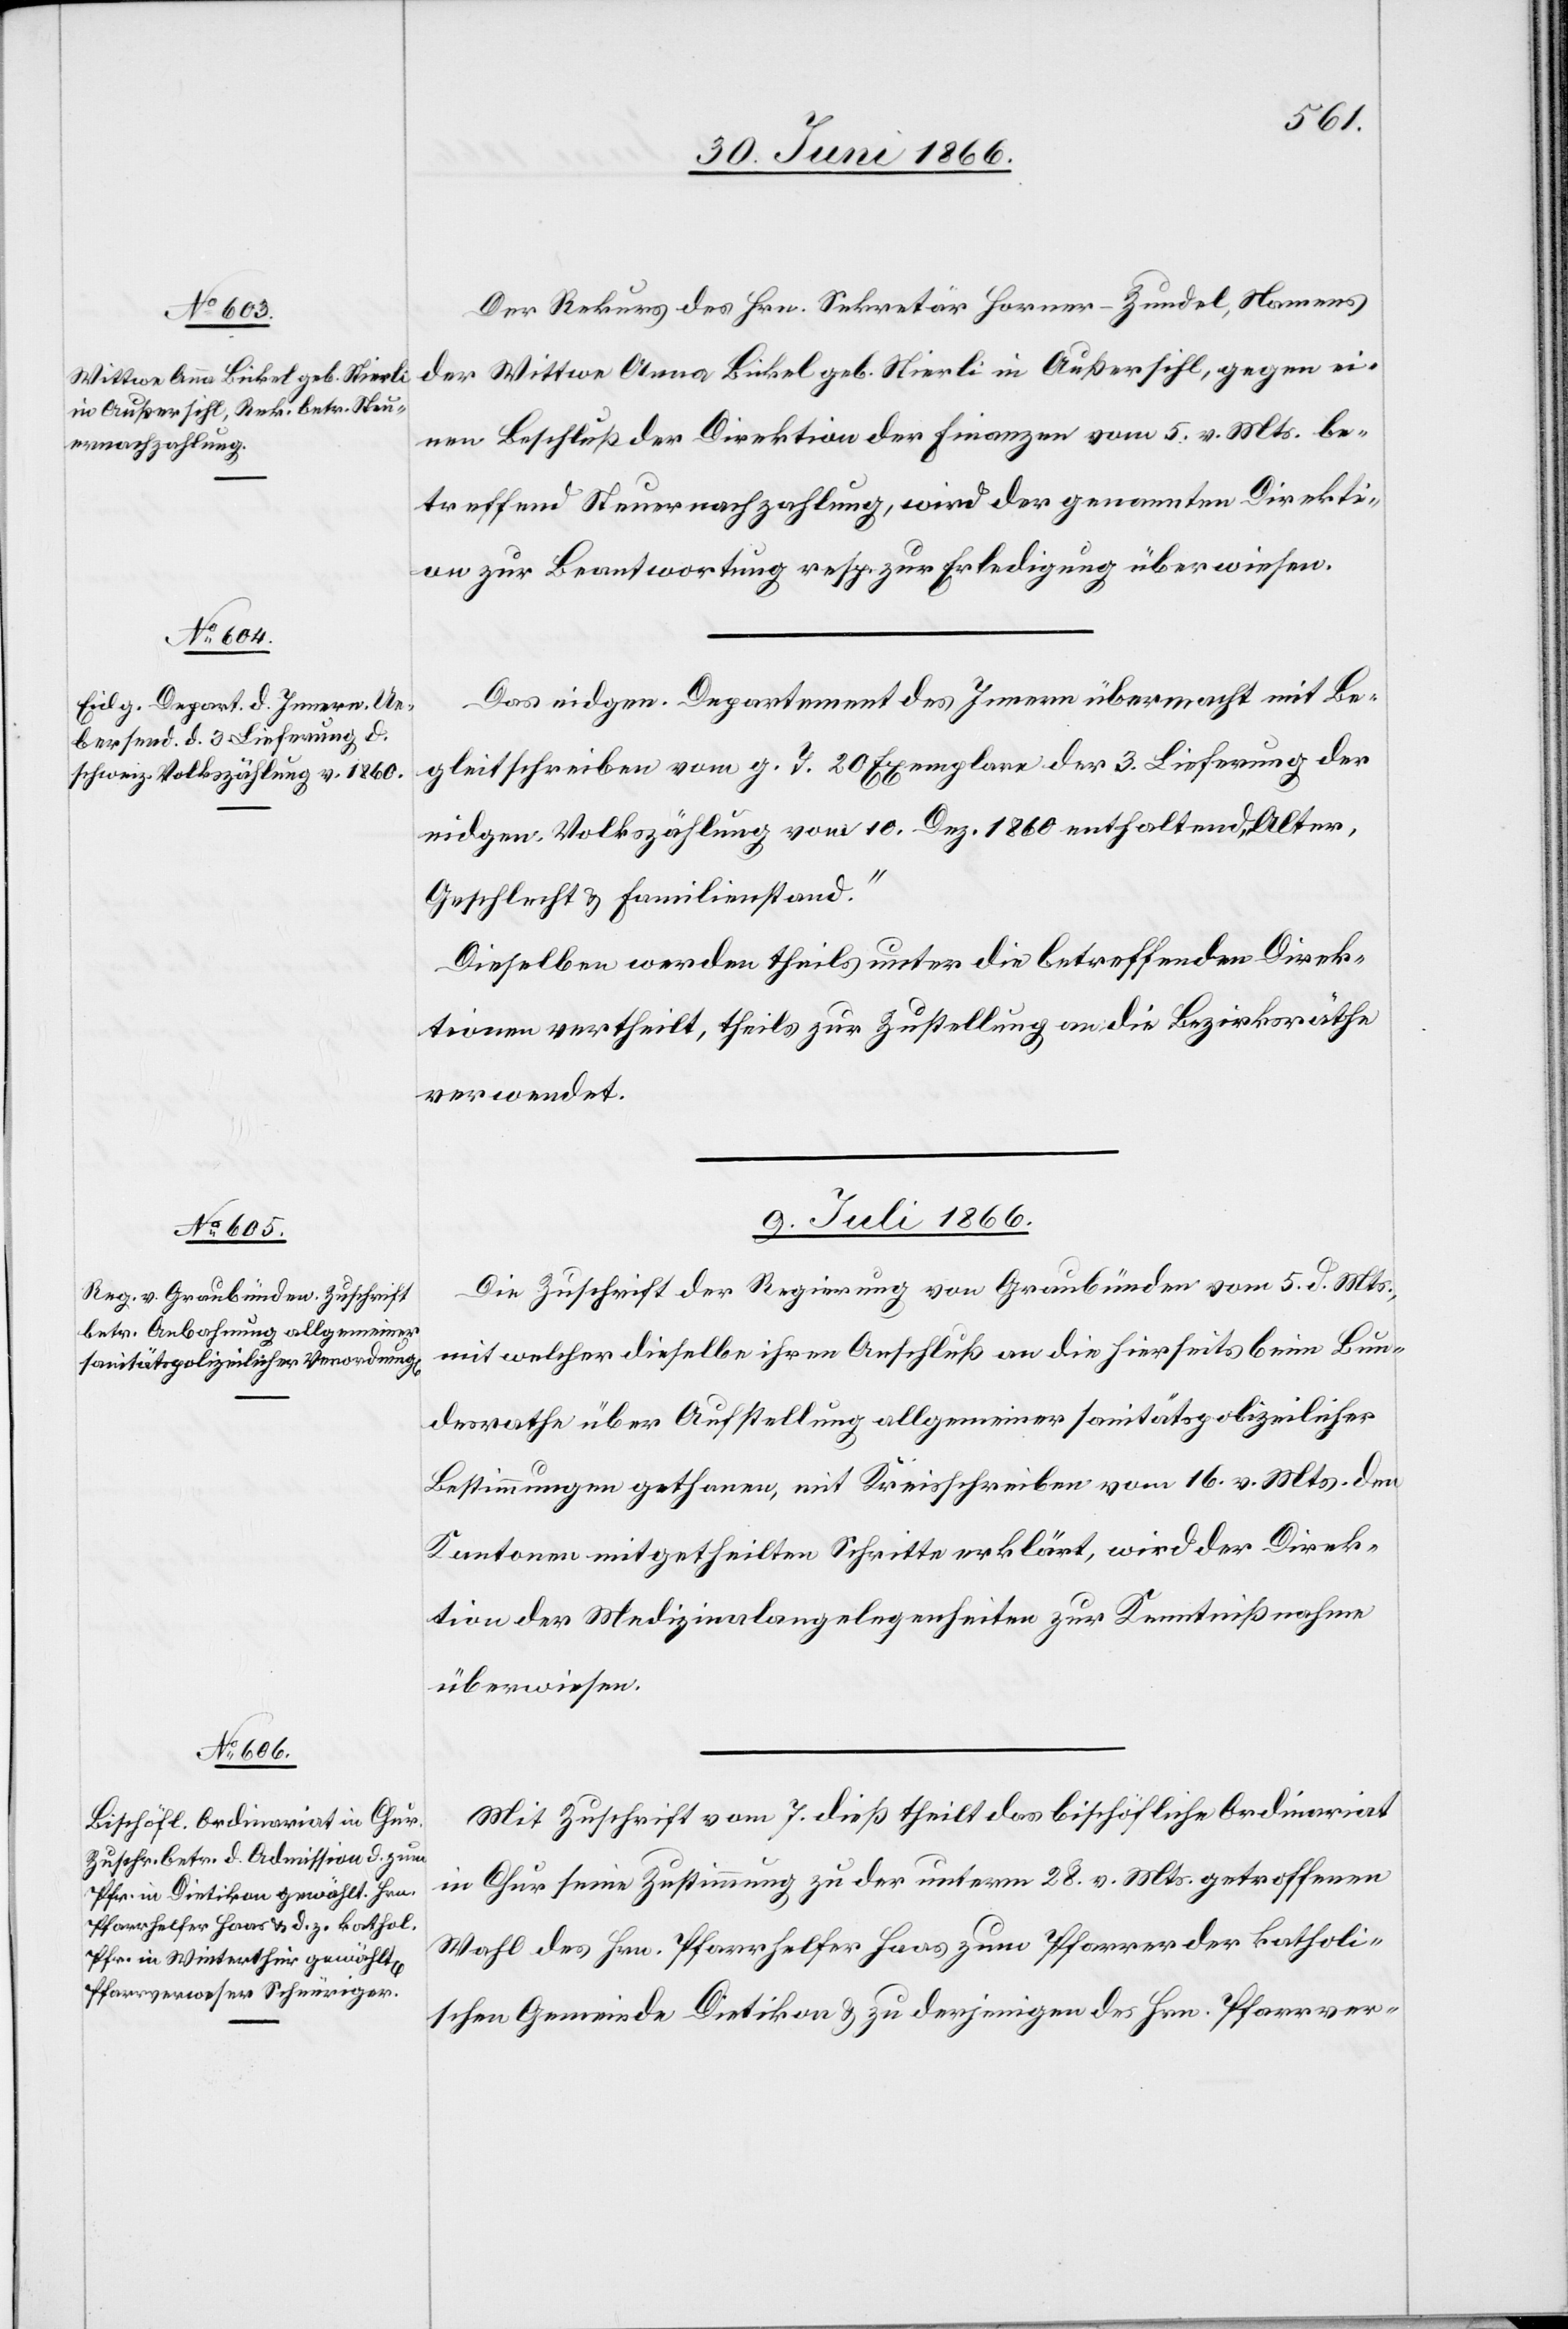
1866.]

Der Rekurs des Hrn. Sekretär Harner-Zundel, Namens
der Wittwe Anna Bickel geb. Stierli in Außersihl, gegen ei¬
nen Beschluß der Direktion der Finanzen vom 5. v. Mts. be¬
treffend Steuernachzahlung, wird der genannten Direkti¬
on zur Beantwortung resp. zur Erledigung überwiesen.
Das eidgen. Departement des Innern übermacht mit Be¬
gleitschreiben vom g. T. 20 Exemplare der 3. Lieferung der
eidgen. Volkszählung vom 10. Dez. 1860 enthaltend „Alter,
Geschlecht u. Familienstand.“
Dieselben werden theils unter die betreffenden Direk¬
tionen vertheilt, theils zur Zustellung an die Bezirksräthe
verwendet.
9. Juli 1866.]
Die Zuschrift der Regierung von Graubünden vom 5. d. Mts.
mit welcher dieselbe ihren Anschluß an die hierseits beim Bun¬
desrathe über Aufstellung allgemeiner sanitätspolizeilicher
Bestimmungen gethanen, mit Kreisschreiben vom 16. v. Mts. den
Kantonen mitgetheilten Schritte erklärt, wird der Direk¬
tion der Medizinalangelegenheiten zur Kenntnißnahme
überwiesen.
Mit Zuschrift vom 7. dies theilt das bischöfliche Ordinariat
in Chur seine Zustimmung zu der unterm 28. v. Mts. getroffenen
Wahl des Hrn. Pfarrlehrer Haas zum Pfarrer der katholi¬
schen Gemeinde Dietikon u. zu derjenigen des Hrn. Pfarrver-